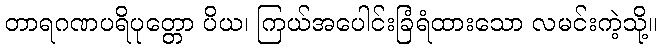
တာရဂဏပရိပုတ္တော ပိယ၊ ကြယ်အပေါင်းခြံရံထားသော လမင်းကဲ့သို့။